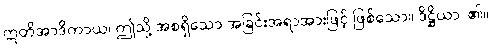
ဣတိအာဒိကာယ၊ ဤသို့ အစရှိသော အခြင်းအရာအားဖြင့် ဖြစ်သော။ ဒိဋ္ဌိယာ၊ ၏။